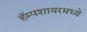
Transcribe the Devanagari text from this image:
हॅम्पशायरमध्ये